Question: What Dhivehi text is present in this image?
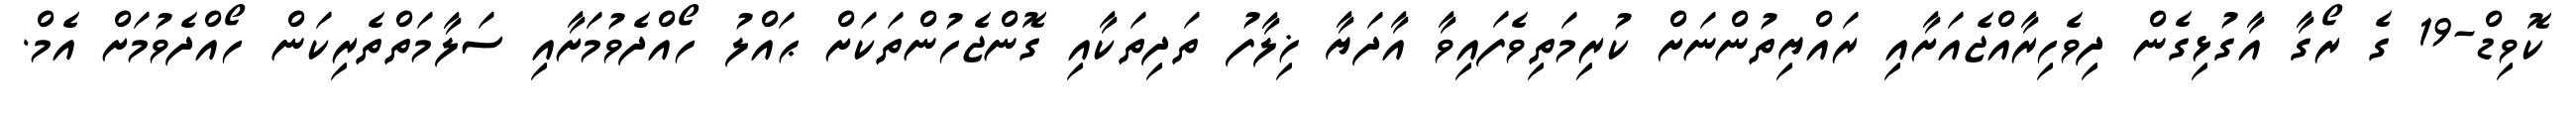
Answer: ކޮވިޑް-19 ގެ ރޯގާ އާގުޅިގެން ދިވެހިރާއްޖެއަށާއި ރައްޔިތުންނަށް ކުރިމަތިވެފައިވާ އާދަޔާ ޚިލާފު ތަދިތަކާއި ގޮންޖެހުންތަކަށް ޙައްލު ހޯއްދެވުމަށާއި ސަލާމަތްތެރިކަން ހޯއްދެވުމަށް އެމް.